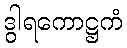
ဒွါရကောဋ္ဌကံ